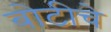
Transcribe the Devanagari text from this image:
बोटीचे